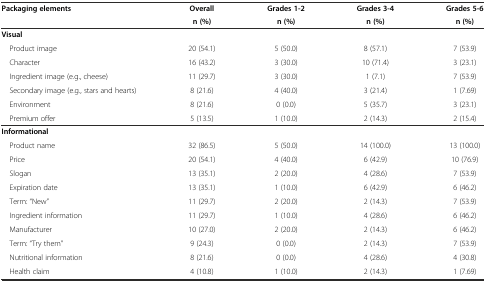
| Packaging elements | Overall | Grades 1-2 | Grades 3-4 | Grades 5-6 |
 |  | n (%) | n (%) | n (%) | n (%) |
 | --- | --- | --- | --- | --- |
 | Visual |  |  |  |  |
 | Product image | 20 (54.1) | 5 (50.0) | 8 (57.1) | 7 (53.9) |
 | Character | 16 (43.2) | 3 (30.0) | 10 (71.4) | 3 (23.1) |
 | Ingredient image (e.g., cheese) | 11 (29.7) | 3 (30.0) | 1 (7.1) | 7 (53.9) |
 | Secondary image (e.g., stars and hearts) | 8 (21.6) | 4 (40.0) | 3 (21.4) | 1 (7.69) |
 | Environment | 8 (21.6) | 0 (0.0) | 5 (35.7) | 3 (23.1) |
 | Premium offer | 5 (13.5) | 1 (10.0) | 2 (14.3) | 2 (15.4) |
 | Informational |  |  |  |  |
 | Product name | 32 (86.5) | 5 (50.0) | 14 (100.0) | 13 (100.0) |
 | Price | 20 (54.1) | 4 (40.0) | 6 (42.9) | 10 (76.9) |
 | Slogan | 13 (35.1) | 2 (20.0) | 4 (28.6) | 7 (53.9) |
 | Expiration date | 13 (35.1) | 1 (10.0) | 6 (42.9) | 6 (46.2) |
 | Term: “New” | 11 (29.7) | 2 (20.0) | 2 (14.3) | 7 (53.9) |
 | Ingredient information | 11 (29.7) | 1 (10.0) | 4 (28.6) | 6 (46.2) |
 | Manufacturer | 10 (27.0) | 2 (20.0) | 2 (14.3) | 6 (46.2) |
 | Term: “Try them” | 9 (24.3) | 0 (0.0) | 2 (14.3) | 7 (53.9) |
 | Nutritional information | 8 (21.6) | 0 (0.0) | 4 (28.6) | 4 (30.8) |
 | Health claim | 4 (10.8) | 1 (10.0) | 2 (14.3) | 1 (7.69) |